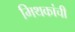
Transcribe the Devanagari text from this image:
मिथकांची